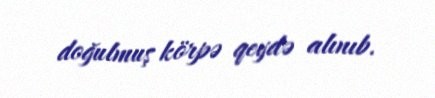
doğulmuş körpə qeydə alınıb.